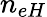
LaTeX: n_{eH}